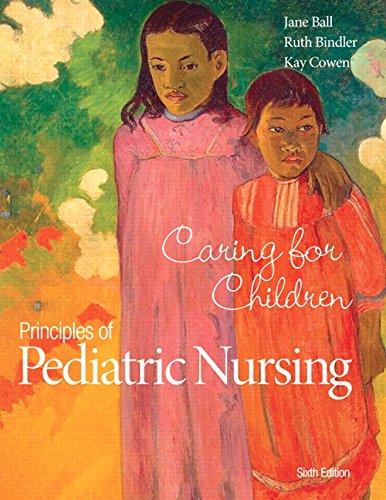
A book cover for Principles of Pediatric Nursing: Caring for Children (6th Edition); Jane W. Ball; Medical Books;